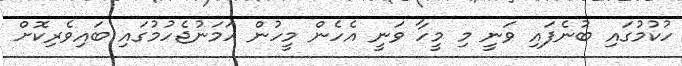
ހުކުމުގައި ބުނެފައި ވަނީ މި މީހާ ވަނީ އެހެން މީހުން ހަމަނުޖެހުމުގައި ބައިވެރިކޮށް